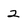
Character: 2